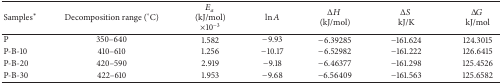
<table><thead><tr><td><b>Samples∗</b></td><td><b>Decomposition range (°C)</b></td><td><b><i>E</i><sub><i>a</i></sub> (kJ/mol) ×10<sup>−3</sup></b></td><td><b>ln⁡<i>A</i></b></td><td><b>Δ<i>H</i> (kJ/mol)</b></td><td><b>Δ<i>S</i> kJ/K</b></td><td><b>Δ<i>G</i> kJ/mol</b></td></tr></thead><tbody><tr><td>P</td><td>350–640</td><td>1.582</td><td>−9.93</td><td>−6.39285</td><td>−161.624</td><td>124.3015</td></tr><tr><td>P-B-10</td><td>410–610</td><td>1.256</td><td>−10.17</td><td>−6.52982</td><td>−161.222</td><td>126.6415</td></tr><tr><td>P-B-20</td><td>420–590</td><td>2.919</td><td>−9.18</td><td>−6.46377</td><td>−161.298</td><td>125.4526</td></tr><tr><td>P-B-30</td><td>422–610</td><td>1.953</td><td>−9.68</td><td>−6.56409</td><td>−161.563</td><td>125.6582</td></tr></tbody></table>